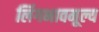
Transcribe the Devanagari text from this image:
लिंगभावमूल्य